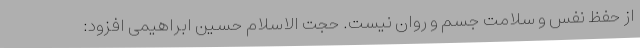
از حفظ نفس و سلامت جسم و روان نیست. حجت الاسلام حسین ابراهیمی افزود: